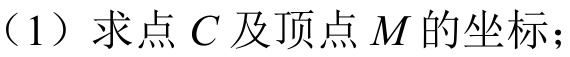
（1）求点 \(C\) 及顶点 \(M\) 的坐标；